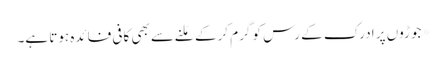
*جوڑوں پر ادرک کے رس کو گرم کرکے مَلنے سے بھی کافی فائدہ ہوتا ہے۔